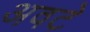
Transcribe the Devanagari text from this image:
अवटे